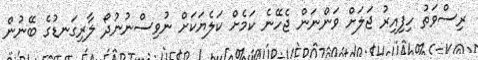
ރިސްވަތު ހިފިއިރު ޖަލަށް ވަންނަން ޖެހޭނެ ކަމެށް ކަލެޔަކަށް ނުވިސްނުނުދޯ ލާރިގަނޑުގެ ބޭނުން